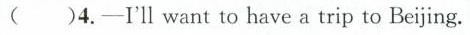
（）4.-I'll want to have a trip to Bejing.